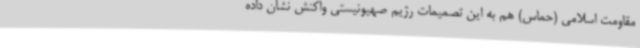
مقاومت اسلامی (حماس) هم به این تصمیمات رژیم صهیونیستی واکنش نشان داده